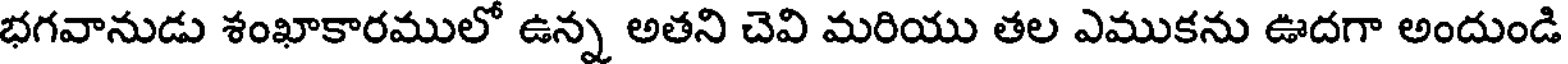
భగవానుడు శంఖాకారములో ఉన్న అతని చెవి మరియు తల ఎముకను ఊదగా అందుండి